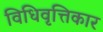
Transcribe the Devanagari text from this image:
विधिवृत्तिकार